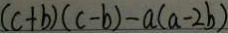
( c + b ) ( c - b ) - a ( a - 2 b )